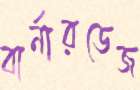
বার্নারডেজ